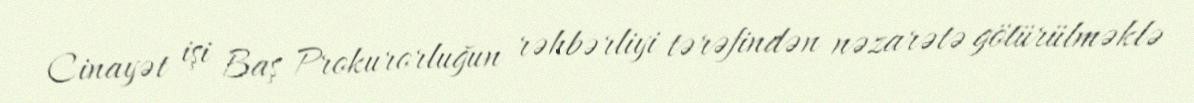
Cinayət işi Baş Prokurorluğun rəhbərliyi tərəfindən nəzarətə götürülməklə